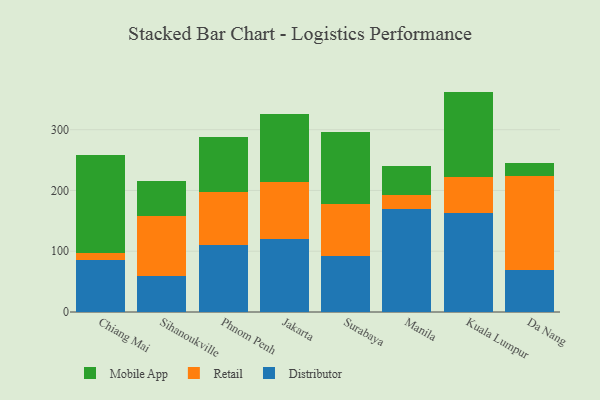
{"axis": {"x": "City", "y": "Churn Rate (%)"}, "legend": ["Distributor", "Mobile App", "Retail"], "data": [{"x": "Chiang Mai", "y": 86.1, "type": "Distributor"}, {"x": "Chiang Mai", "y": 11.8, "type": "Retail"}, {"x": "Chiang Mai", "y": 159.9, "type": "Mobile App"}, {"x": "Sihanoukville", "y": 59.6, "type": "Distributor"}, {"x": "Sihanoukville", "y": 98.0, "type": "Retail"}, {"x": "Sihanoukville", "y": 57.6, "type": "Mobile App"}, {"x": "Phnom Penh", "y": 109.5, "type": "Distributor"}, {"x": "Phnom Penh", "y": 88.5, "type": "Retail"}, {"x": "Phnom Penh", "y": 90.0, "type": "Mobile App"}, {"x": "Jakarta", "y": 119.8, "type": "Distributor"}, {"x": "Jakarta", "y": 93.4, "type": "Retail"}, {"x": "Jakarta", "y": 113.1, "type": "Mobile App"}, {"x": "Surabaya", "y": 92.7, "type": "Distributor"}, {"x": "Surabaya", "y": 85.4, "type": "Retail"}, {"x": "Surabaya", "y": 118.1, "type": "Mobile App"}, {"x": "Manila", "y": 169.9, "type": "Distributor"}, {"x": "Manila", "y": 23.2, "type": "Retail"}, {"x": "Manila", "y": 47.1, "type": "Mobile App"}, {"x": "Kuala Lumpur", "y": 162.9, "type": "Distributor"}, {"x": "Kuala Lumpur", "y": 59.2, "type": "Retail"}, {"x": "Kuala Lumpur", "y": 140.6, "type": "Mobile App"}, {"x": "Da Nang", "y": 69.3, "type": "Distributor"}, {"x": "Da Nang", "y": 153.8, "type": "Retail"}, {"x": "Da Nang", "y": 21.4, "type": "Mobile App"}]}